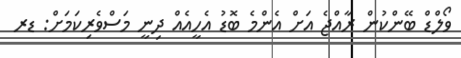
ވޯލްޑް ބޭންކުން ރާއްޖެ އަށް އެންމެ ބޮޑު އެހީއެއް ދިނީ މަސްވެރިކަމަށް: ޑރ